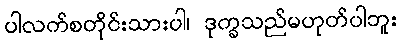
ပါလက်စတိုင်းသားပါ၊ ဒုက္ခသည်မဟုတ်ပါဘူး